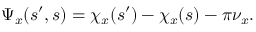
\displaystyle \Psi _ { x } ( s ^ { \prime } , s ) = \chi _ { x } ( s ^ { \prime } ) - \chi _ { x } ( s ) - \pi \nu _ { x } .